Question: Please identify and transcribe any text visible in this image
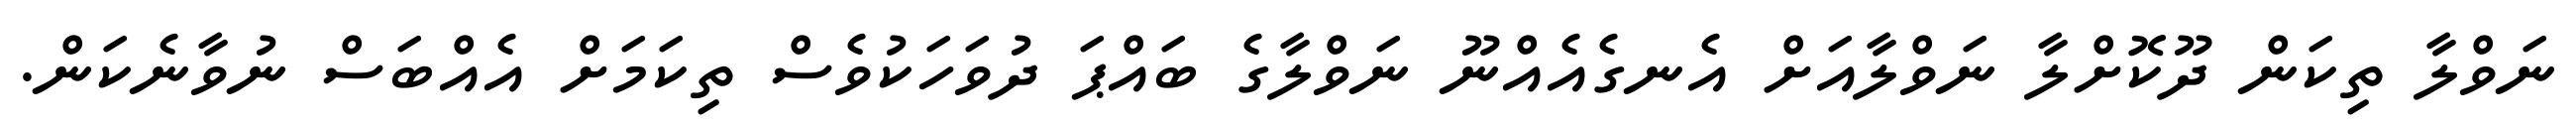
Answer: ނަވްލާ ތިކަން ދޫކޮށްލާ ނަވްލާއަށް އެނގެއެއްނޫ ނަވްލާގެ ބައްޕަ ދުވަހަކުވެސް ތިކަމަށް އެއްބަސް ނުވާނެކަން.